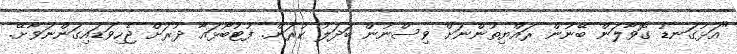
"އަޅުގަނޑު ގޮވާލަން ބޭނުން ރައްޔިތުންނަށް ވިސްނުން ބަދަލު ކުރަން. ފުޓުބޯޅައާ ދުރަށް ޖެހިވަޑައިގަންނަވާށޭ.